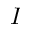
I